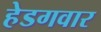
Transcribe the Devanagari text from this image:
हेडगवार